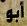
أبو